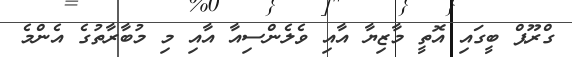
ގްރޫޕް ބީގައި އޮތީ މާޒިޔާ އާއި ވެލެންސިއާ އާއި މި މުބާރާތުގެ އެންމެ